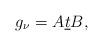
LaTeX: \begin{align*} g_\nu=A \underline{t}B, \end{align*}